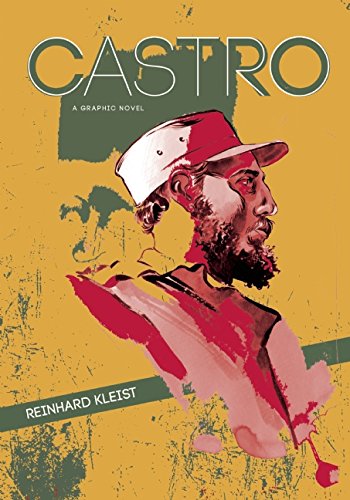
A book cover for Castro: A Graphic Novel; Reinhard Kleist; Biographies & Memoirs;